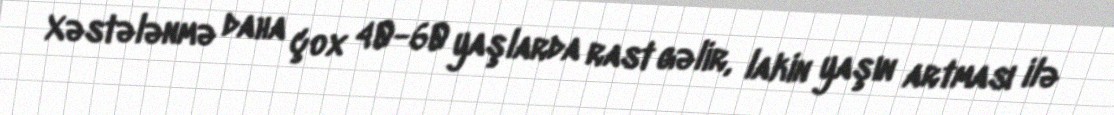
Xəstələnmə daha çox 40-60 yaşlarda rast gəlir, lakin yaşın artması ilə